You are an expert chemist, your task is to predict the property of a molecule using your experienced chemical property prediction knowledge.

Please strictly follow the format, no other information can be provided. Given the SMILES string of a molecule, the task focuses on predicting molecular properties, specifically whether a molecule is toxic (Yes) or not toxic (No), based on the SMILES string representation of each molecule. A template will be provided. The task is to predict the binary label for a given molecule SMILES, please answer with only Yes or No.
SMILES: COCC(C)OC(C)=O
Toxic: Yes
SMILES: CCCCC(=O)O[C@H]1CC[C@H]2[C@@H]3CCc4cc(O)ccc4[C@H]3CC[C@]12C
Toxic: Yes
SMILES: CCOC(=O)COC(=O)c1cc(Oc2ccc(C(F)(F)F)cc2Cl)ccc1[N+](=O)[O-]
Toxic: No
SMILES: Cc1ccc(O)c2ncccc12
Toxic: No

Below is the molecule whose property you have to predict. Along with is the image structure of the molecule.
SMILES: CCOP(=S)(OCC)Oc1cnc2ccccc2n1
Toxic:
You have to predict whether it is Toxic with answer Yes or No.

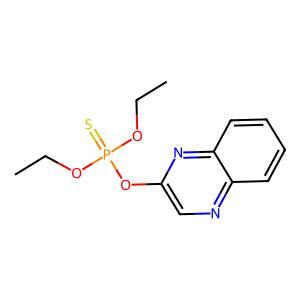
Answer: No